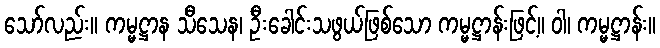
သော်လည်း။ ကမ္မဋ္ဌာန သီသေန၊ ဦးခေါင်းသဖွယ်ဖြစ်သော ကမ္မဋ္ဌာန်းဖြင့်။ ဝါ၊ ကမ္မဋ္ဌာန်း။